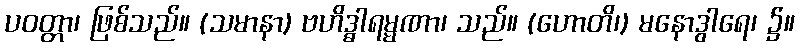
ပဝတ္တာ၊ ဖြစ်သည်။ (သမာနာ) ဗဟိဒ္ဓါရမ္မဏာ၊ သည်။ (ဟောတိ၊) မနောဒွါရေ၊ ၌။